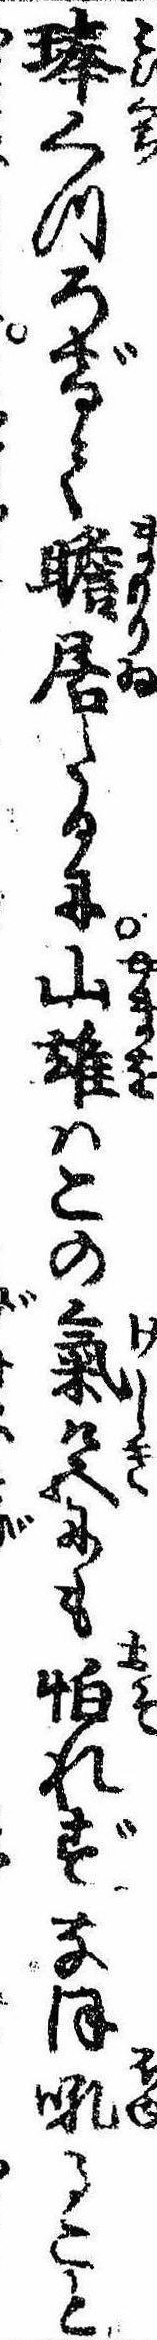
琫くつろげて瞻居たるに山雄はこの気色にも怕れずなほ吼ること